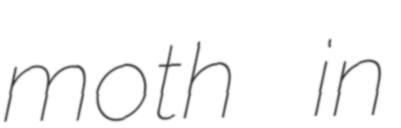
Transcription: moth in